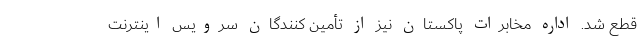
قطع شد. اداره مخابرات پاکستان نیز از تأمین کنندگان سرویس اینترنت